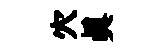
穴眞